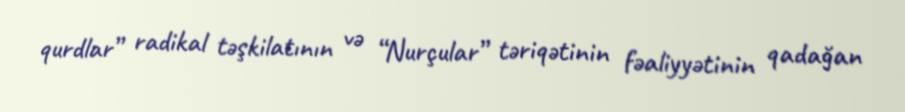
qurdlar” radikal təşkilatının və “Nurçular” təriqətinin fəaliyyətinin qadağan